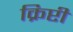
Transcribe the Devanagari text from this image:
क्रिप्टी